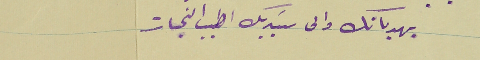
يهديانك والى سَيديك اطيب التحيات